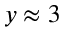
y \approx 3